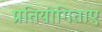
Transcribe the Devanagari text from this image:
प्रतियोगिताए